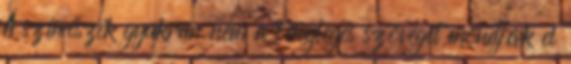
A színészek gyakran nem a tényleges szöveget mondják el